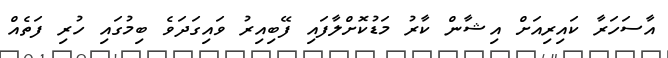
އާސަހަރާ ކައިރިއަށް އިޝާން ކާރު މަޑުކޮށްލާފައި ފޭބިއިރު ވައިގަދަވެ ބިމުގައި ހުރި ފަތެއް